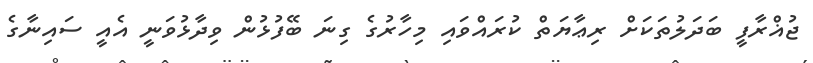
ޖުޣްރާފީ ބަދަލުތަކަށް ރިޢާޔަތް ކުރައްވައި މިހާރުގެ ގިނަ ބޭފުޅުން ވިދާޅުވަނީ އެއީ ސައިނާގެ